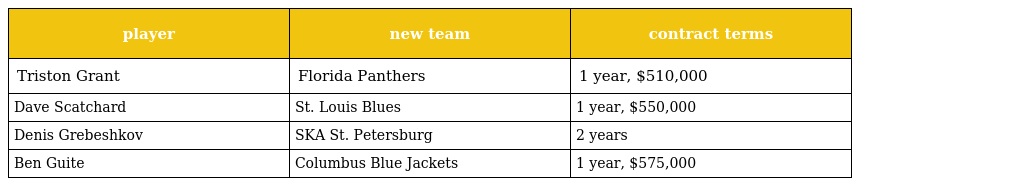
| player | new team | contract terms |
 | --- | --- | --- |
 | Triston Grant | Florida Panthers | 1 year, $510,000 |
 | Dave Scatchard | St. Louis Blues | 1 year, $550,000 |
 | Denis Grebeshkov | SKA St. Petersburg | 2 years |
 | Ben Guite | Columbus Blue Jackets | 1 year, $575,000 |